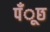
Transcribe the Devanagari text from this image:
पँूछ